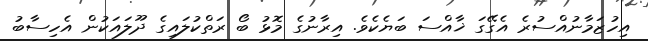
އިހުޒަމާނުއްސުރެ އެގޭގަ ޚާއްސަ ބަޔެކެވެ. އިރާނުގެ މޮޅު ބޯ ރަތްކުލައިގެ ދޫލައަކުން އެހިސާބު